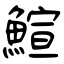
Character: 鰚